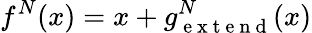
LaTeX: f^{N}(x)=x+g_{\mathrm{~e~x~t~e~n~d~}}^{N}(x)